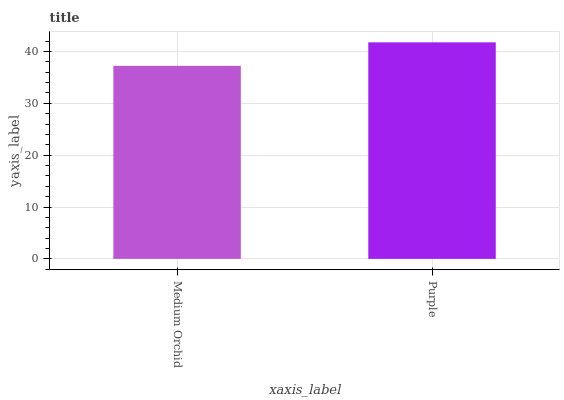
| xaxis_label | bars |
 | --- | --- |
 | Medium Orchid | 37.2 |
 | Purple | 41.7 |